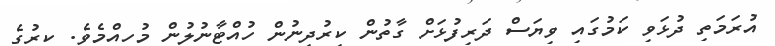
އުރަމަތި ދުޅަވި ކަމުގައި ވިޔަސް ދަރިފުޅަށް ގާތުން ކިރުދިނުން ހުއްޓާނުލުން މުހިއްމެވެ. ކިރުގެ